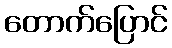
တောက်ပြောင်